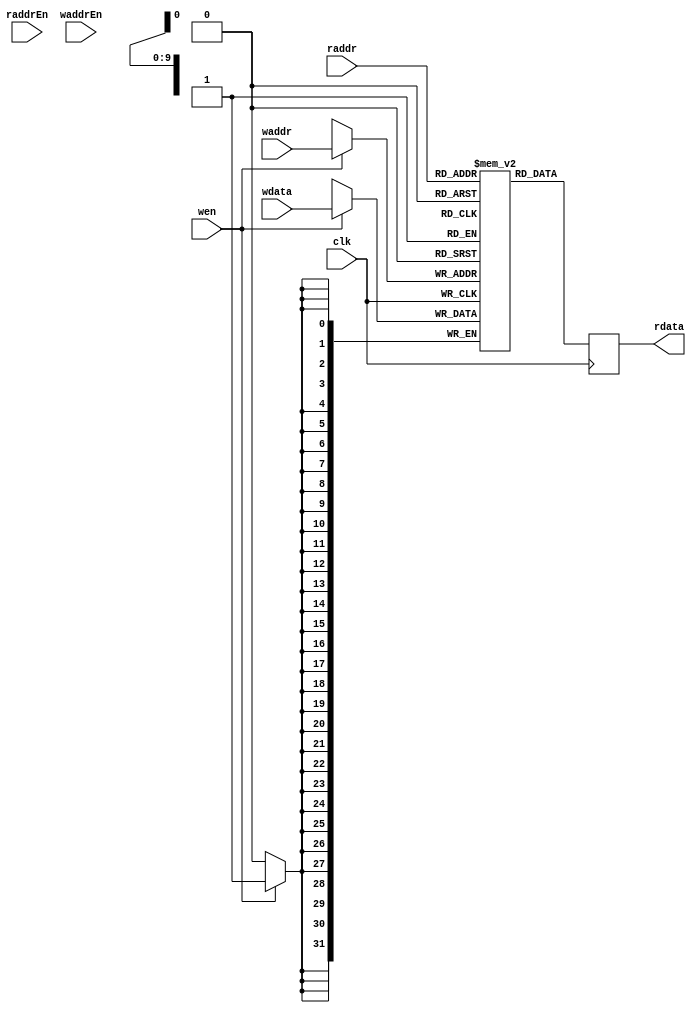
// This program was cloned from: https://github.com/stanford-ppl/spatial-lang
// License: MIT License

module SRAMVerilogSim
#(
    parameter WORDS = 1024,
    parameter AWIDTH = 10,
    parameter DWIDTH = 32)
(
    input clk,
    input [AWIDTH-1:0] raddr,
    input [AWIDTH-1:0] waddr,
    input raddrEn,
    input waddrEn,
    input wen,
    input [DWIDTH-1:0] wdata,
    output reg [DWIDTH-1:0] rdata
);

    reg [DWIDTH-1:0] mem [0:WORDS-1];

    always @(negedge clk) begin
      if (wen) begin
        mem[waddr] <= wdata;
      end
    end

    always @(posedge clk) begin
        rdata <= mem[raddr];
    end

endmodule